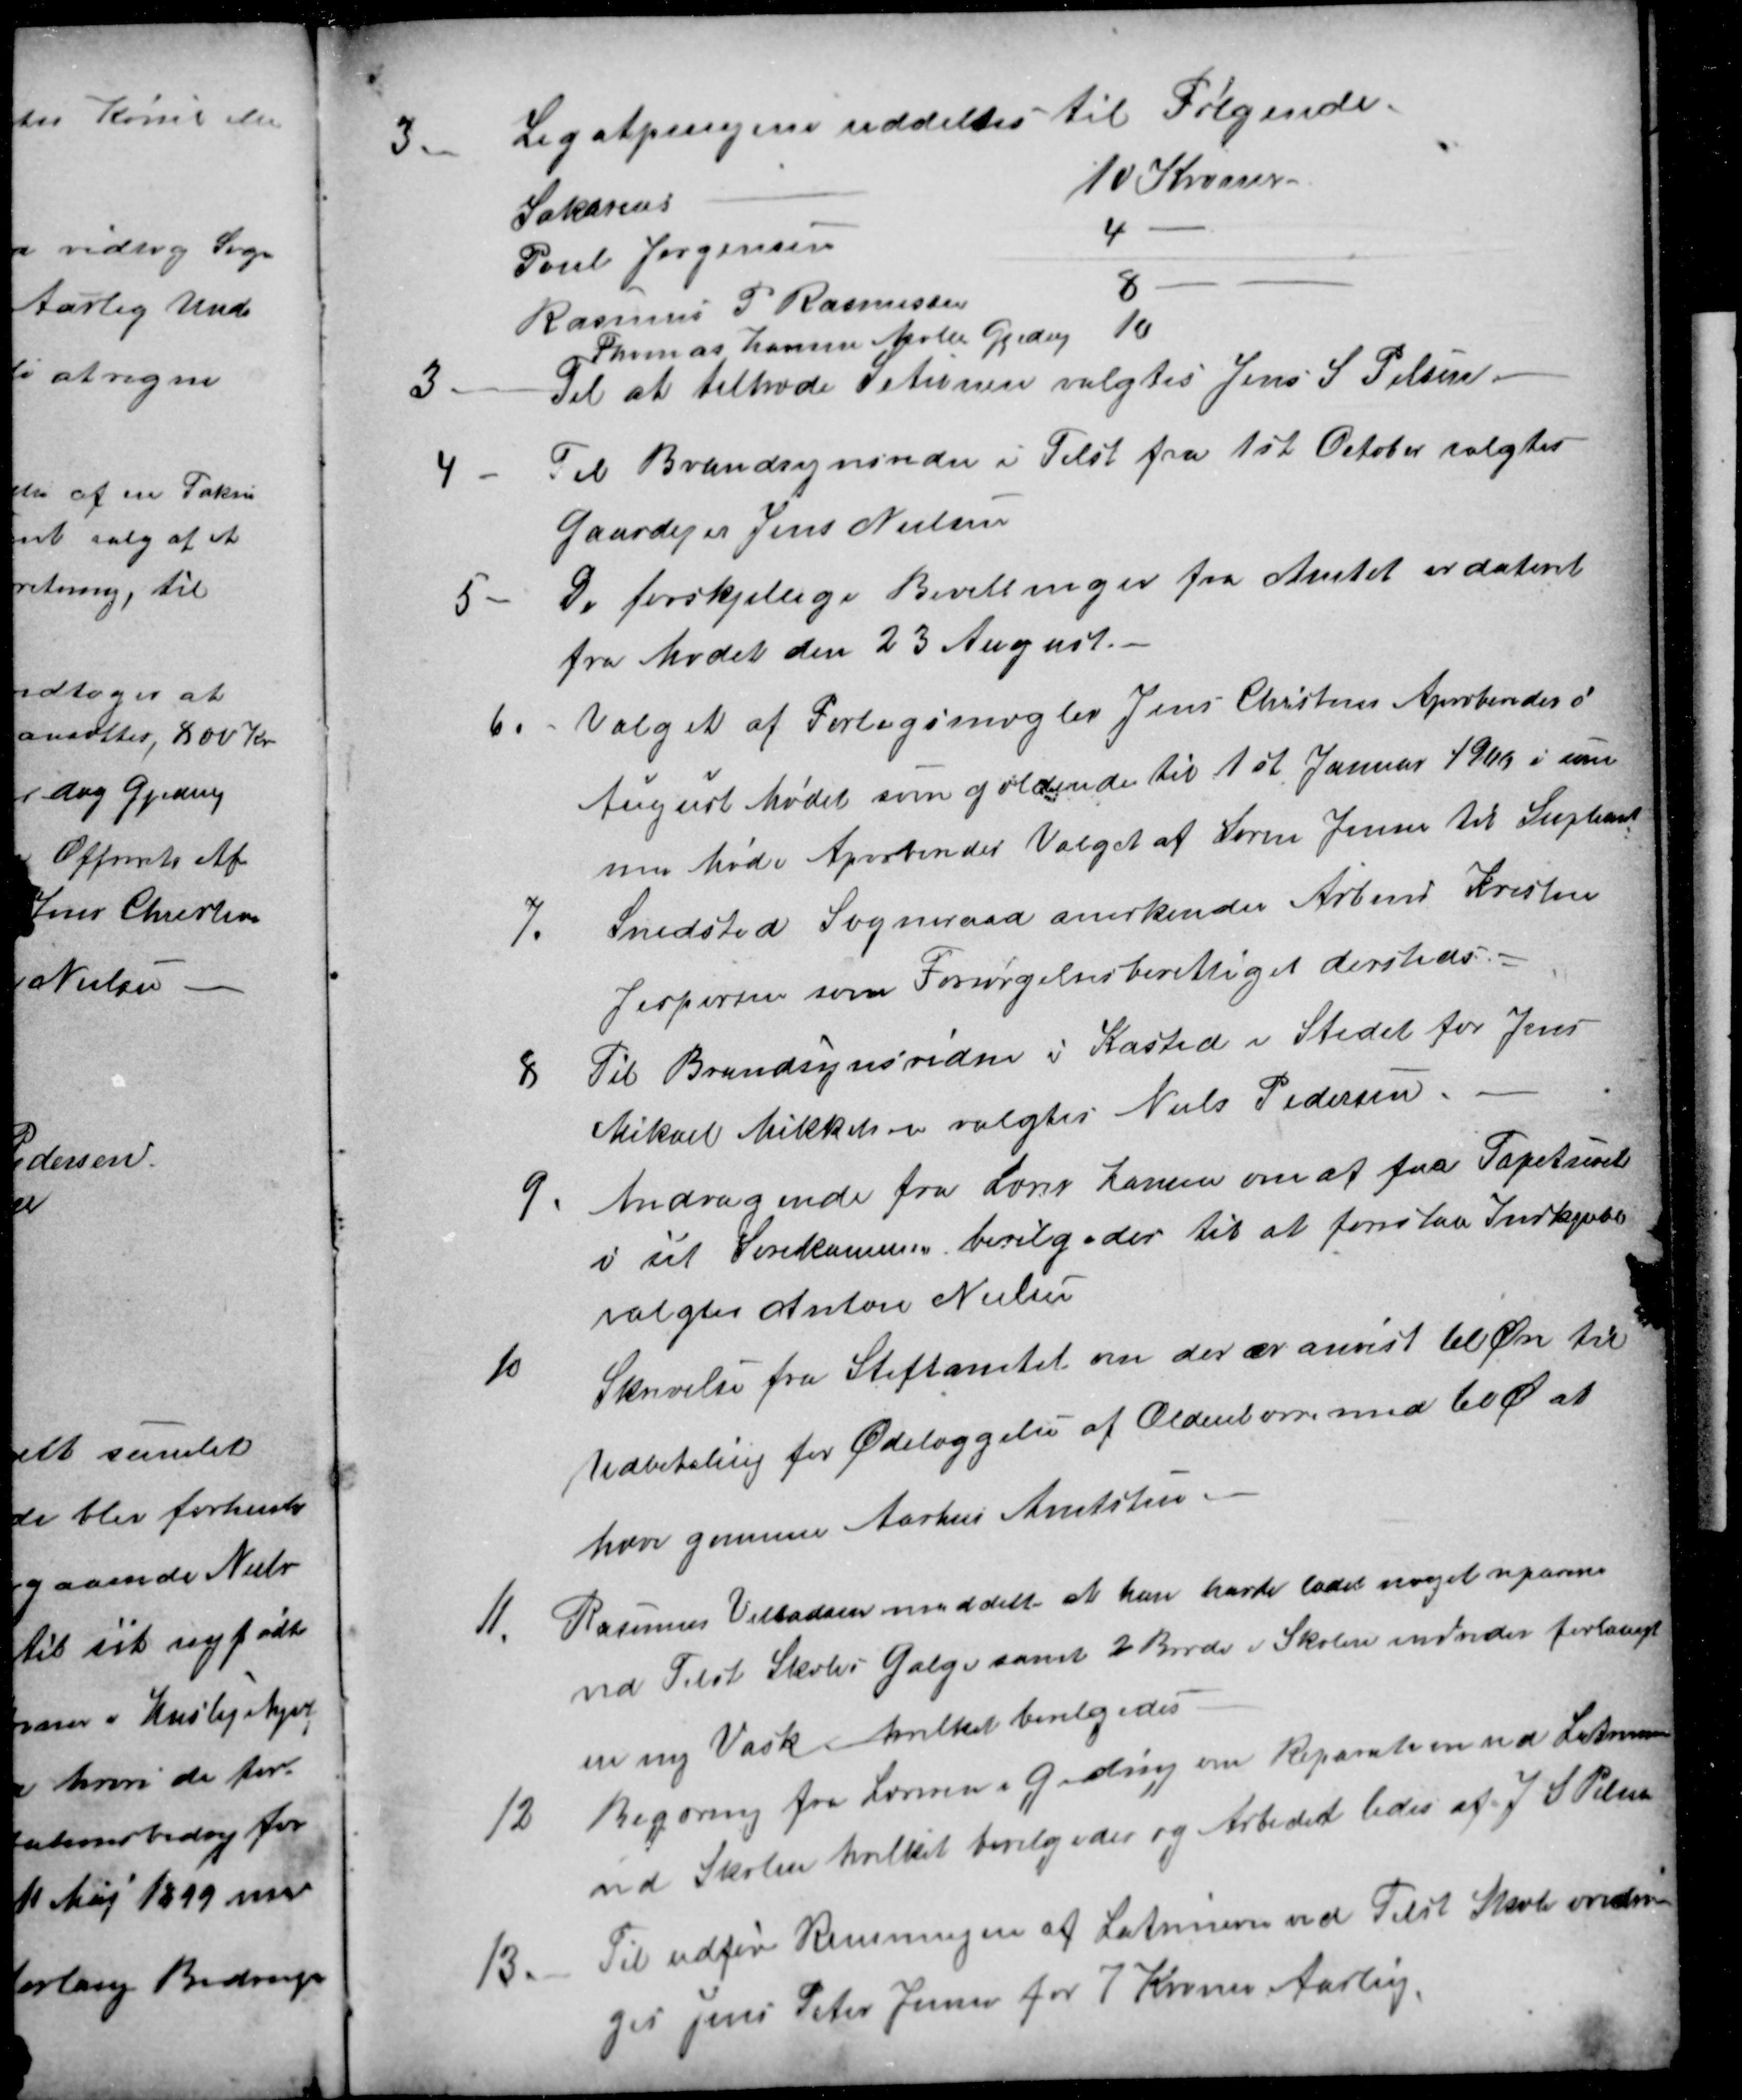
Transskription:
3.
Legatpengene uddeltes til Følgende.
Sakarias
10 Kroner
Poul Jørgensen
4
Rasmus P Rasmussen
8
Thomas Hansen Møller Gjeding 10
3.
Til at tiltræde Setionen valgtes Jens S. Pelsen
4 
Til Brandsynsvidne i Tilst fra 1st October valgtes
Gaardejer Jens Nielsen
5
De forskjellige Bevillinger fra Amtet er dateret
fra Mødet den 23 August.
6. 
Valget af Forligsmægler Jens Christens Aproberedes i
August Mødet som gældende til 1st Januar 1900 i sam
me Møde Aprobender Valget af Søren Jensen til Supleant
7. 
Snedsted Sogneraad anerkender Arbmd Kristen
Jespersen som Forsørgelsesberettiget dersteds.
8 
Til Brandsynsvidne i Kasted i Stedet for Jens
Mikael Mikkelsen valgtes Niels Pedersen.
9.
Andragende fra Lærer Hansen om at faa Tapetseret
i sit Sovekammer bevilgedes til at forestaa Indkjøbet
valgtes Anton Nielsen
10
Skrivelse fra Stiftamtet om der er anvist 60 Øre til
Udbetaling for Ødelæggelse af Oldenborre med 60 Ø at
hæve gennem Aarhus Amtstue.
11.
Rasmus Villadsen meddelte at han havde ladet noget reparere
ved Tilst Skoles Galge samt 2 Borde i Skolen endvider forlangt
en ny Vask hvilket bevilgedes
12
Begæring fra Læreren i Gjeding om Reparation ved Latrinerne
ved Skolen hvilket bevilgedes og Arbeidet ledes af J. S. Pelsen 
13.
Til udføre Rensningen af Latrinerne ved Tilst Skole andra-
ges Jens Peter Jensen for 7 Kroner Aarlig.